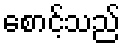
စောင့်သည်